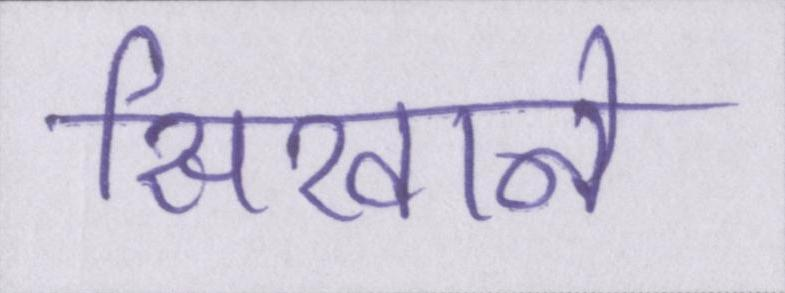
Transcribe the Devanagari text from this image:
सिखाने